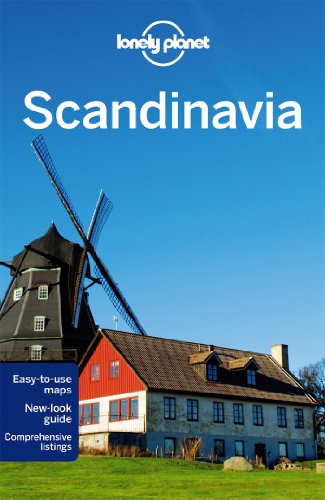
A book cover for Lonely Planet Scandinavia (Travel Guide); Lonely Planet; Travel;